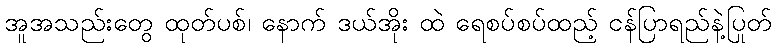
အူအသည်းတွေ ထုတ်ပစ်၊ နောက် ဒယ်အိုး ထဲ ရေစပ်စပ်ထည့် ငန်ပြာရည်နဲ့ပြုတ်